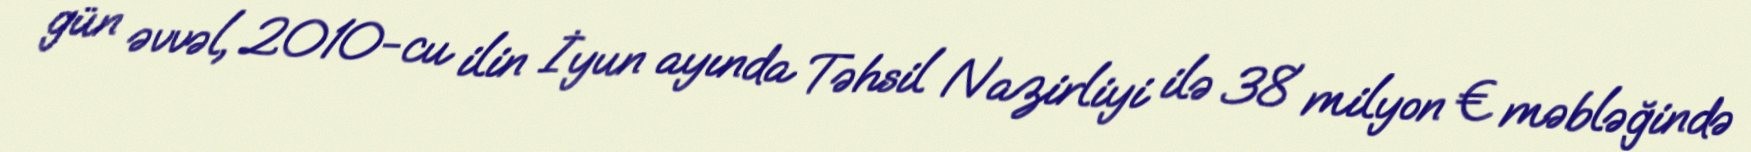
gün əvvəl, 2010-cu ilin İyun ayında Təhsil Nazirliyi ilə 38 milyon € məbləğində